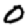
Digit: 0